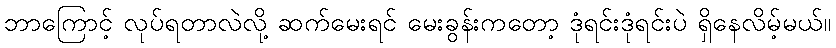
ဘာကြောင့် လုပ်ရတာလဲလို့ ဆက်မေးရင် မေးခွန်းကတော့ ဒုံရင်းဒုံရင်းပဲ ရှိနေလိမ့်မယ်။